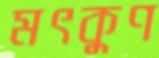
মৎকুণ